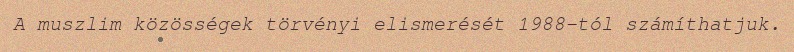
A muszlim közösségek törvényi elismerését 1988-tól számíthatjuk.